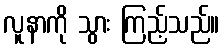
လူနာကို သွား ကြည့်သည်။